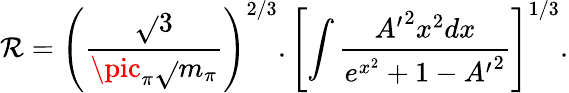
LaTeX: \mathcal{R}=\left(\frac{{\sqrt{}{3}}}{{\pic_{\pi}\sqrt{}{{m_{\pi}}}}}\right)^{2/3}.\left[\int\frac{{{A^{\prime}}^{2}x^{2}dx}}{{e^{x^{2}}+1-{A^{\prime}}^{2}}}\right]^{1/3}.